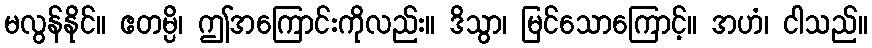
မလွန်နိုင်။ ဧတမ္ပိ၊ ဤအကြောင်းကိုလည်း။ ဒိသွာ၊ မြင်သောကြောင့်။ အဟံ၊ ငါသည်။